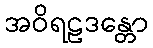
အဝိရဠဒန္တော